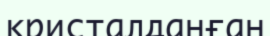
кристалданған